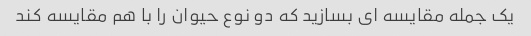
یک جمله مقایسه ای بسازید که دو نوع حیوان را با هم مقایسه کند